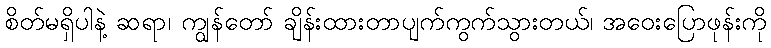
စိတ်မရှိပါနဲ့ ဆရာ၊ ကျွန်တော် ချိန်းထားတာပျက်ကွက်သွားတယ်၊ အဝေးပြောဖုန်းကို